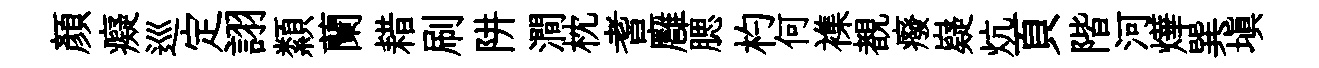
顔癡巡定詡纇蘭耤刷阱澗枕耆廱腮杓何襍覩癈嶷炕頁階河燁巽填